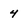
Character: 4